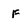
Character: f